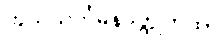
ကုသသင်္ကမနဝတ္ထုကထာ